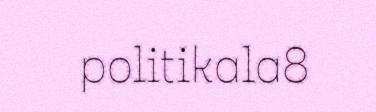
politikala8